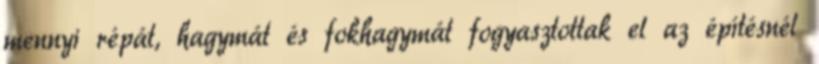
mennyi répát, hagymát és fokhagymát fogyasztottak el az építésnél